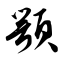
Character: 颚